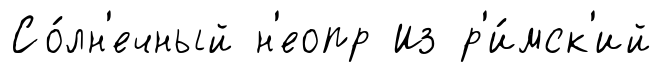
Со́лн'ечный н'еопр Из р'и́мск'ий